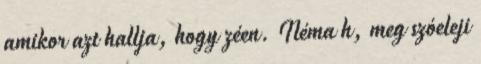
amikor azt hallja, hogy zéen. Néma h, meg szóeleji